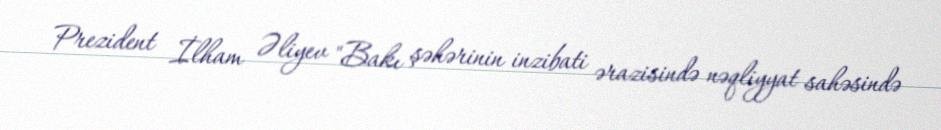
Prezident İlham Əliyev "Bakı şəhərinin inzibati ərazisində nəqliyyat sahəsində